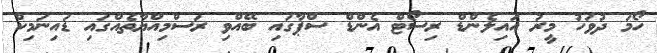
ހޯމަ ދުވަހު މީރު އައިލެންޑް ރިސޯޓް އެންޑް ސްޕާގައި ބޭއްވި ރަސްމިއްޔާތެއްގައި ޑައިނަމިކް